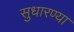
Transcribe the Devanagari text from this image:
सुधारण्या